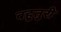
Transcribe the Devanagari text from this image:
बहुतुरी